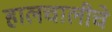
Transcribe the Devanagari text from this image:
हालचालीचे